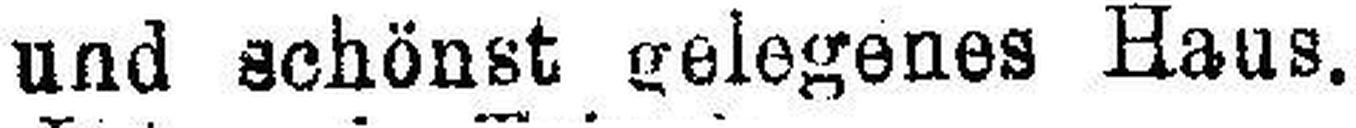
und schönst gelegenes Haus.